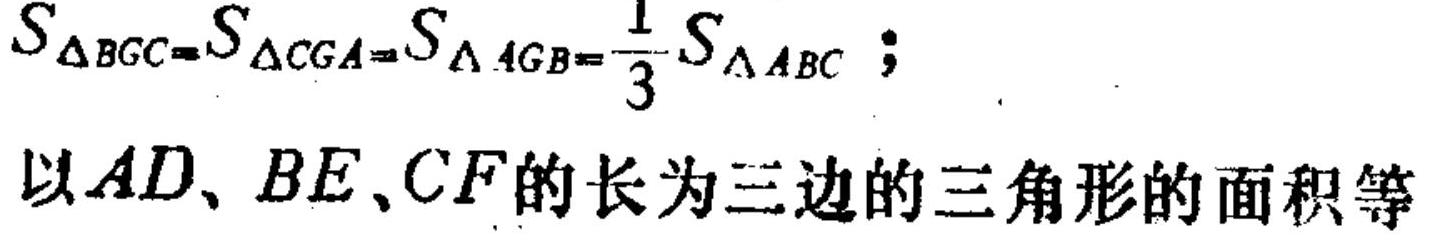
\(S_{\triangle BGC}=S_{\triangle CGA}=S_{\triangle AGB}=\frac{1}{3}S_{\triangle ABC};\)
以\(AD、BE、CF\)的长为三边的三角形的面积等